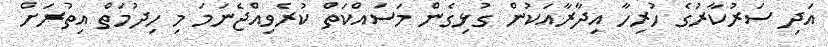
އަދި ސަރުކާރުގެ ހުރިހާ އިދާރާއަކުން ގުޅިގެން މަސައްކަތް ކުރެވިއްޖެނަމަ މި ހިދުމަތް އިތުރަށް